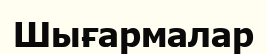
Шығармалар